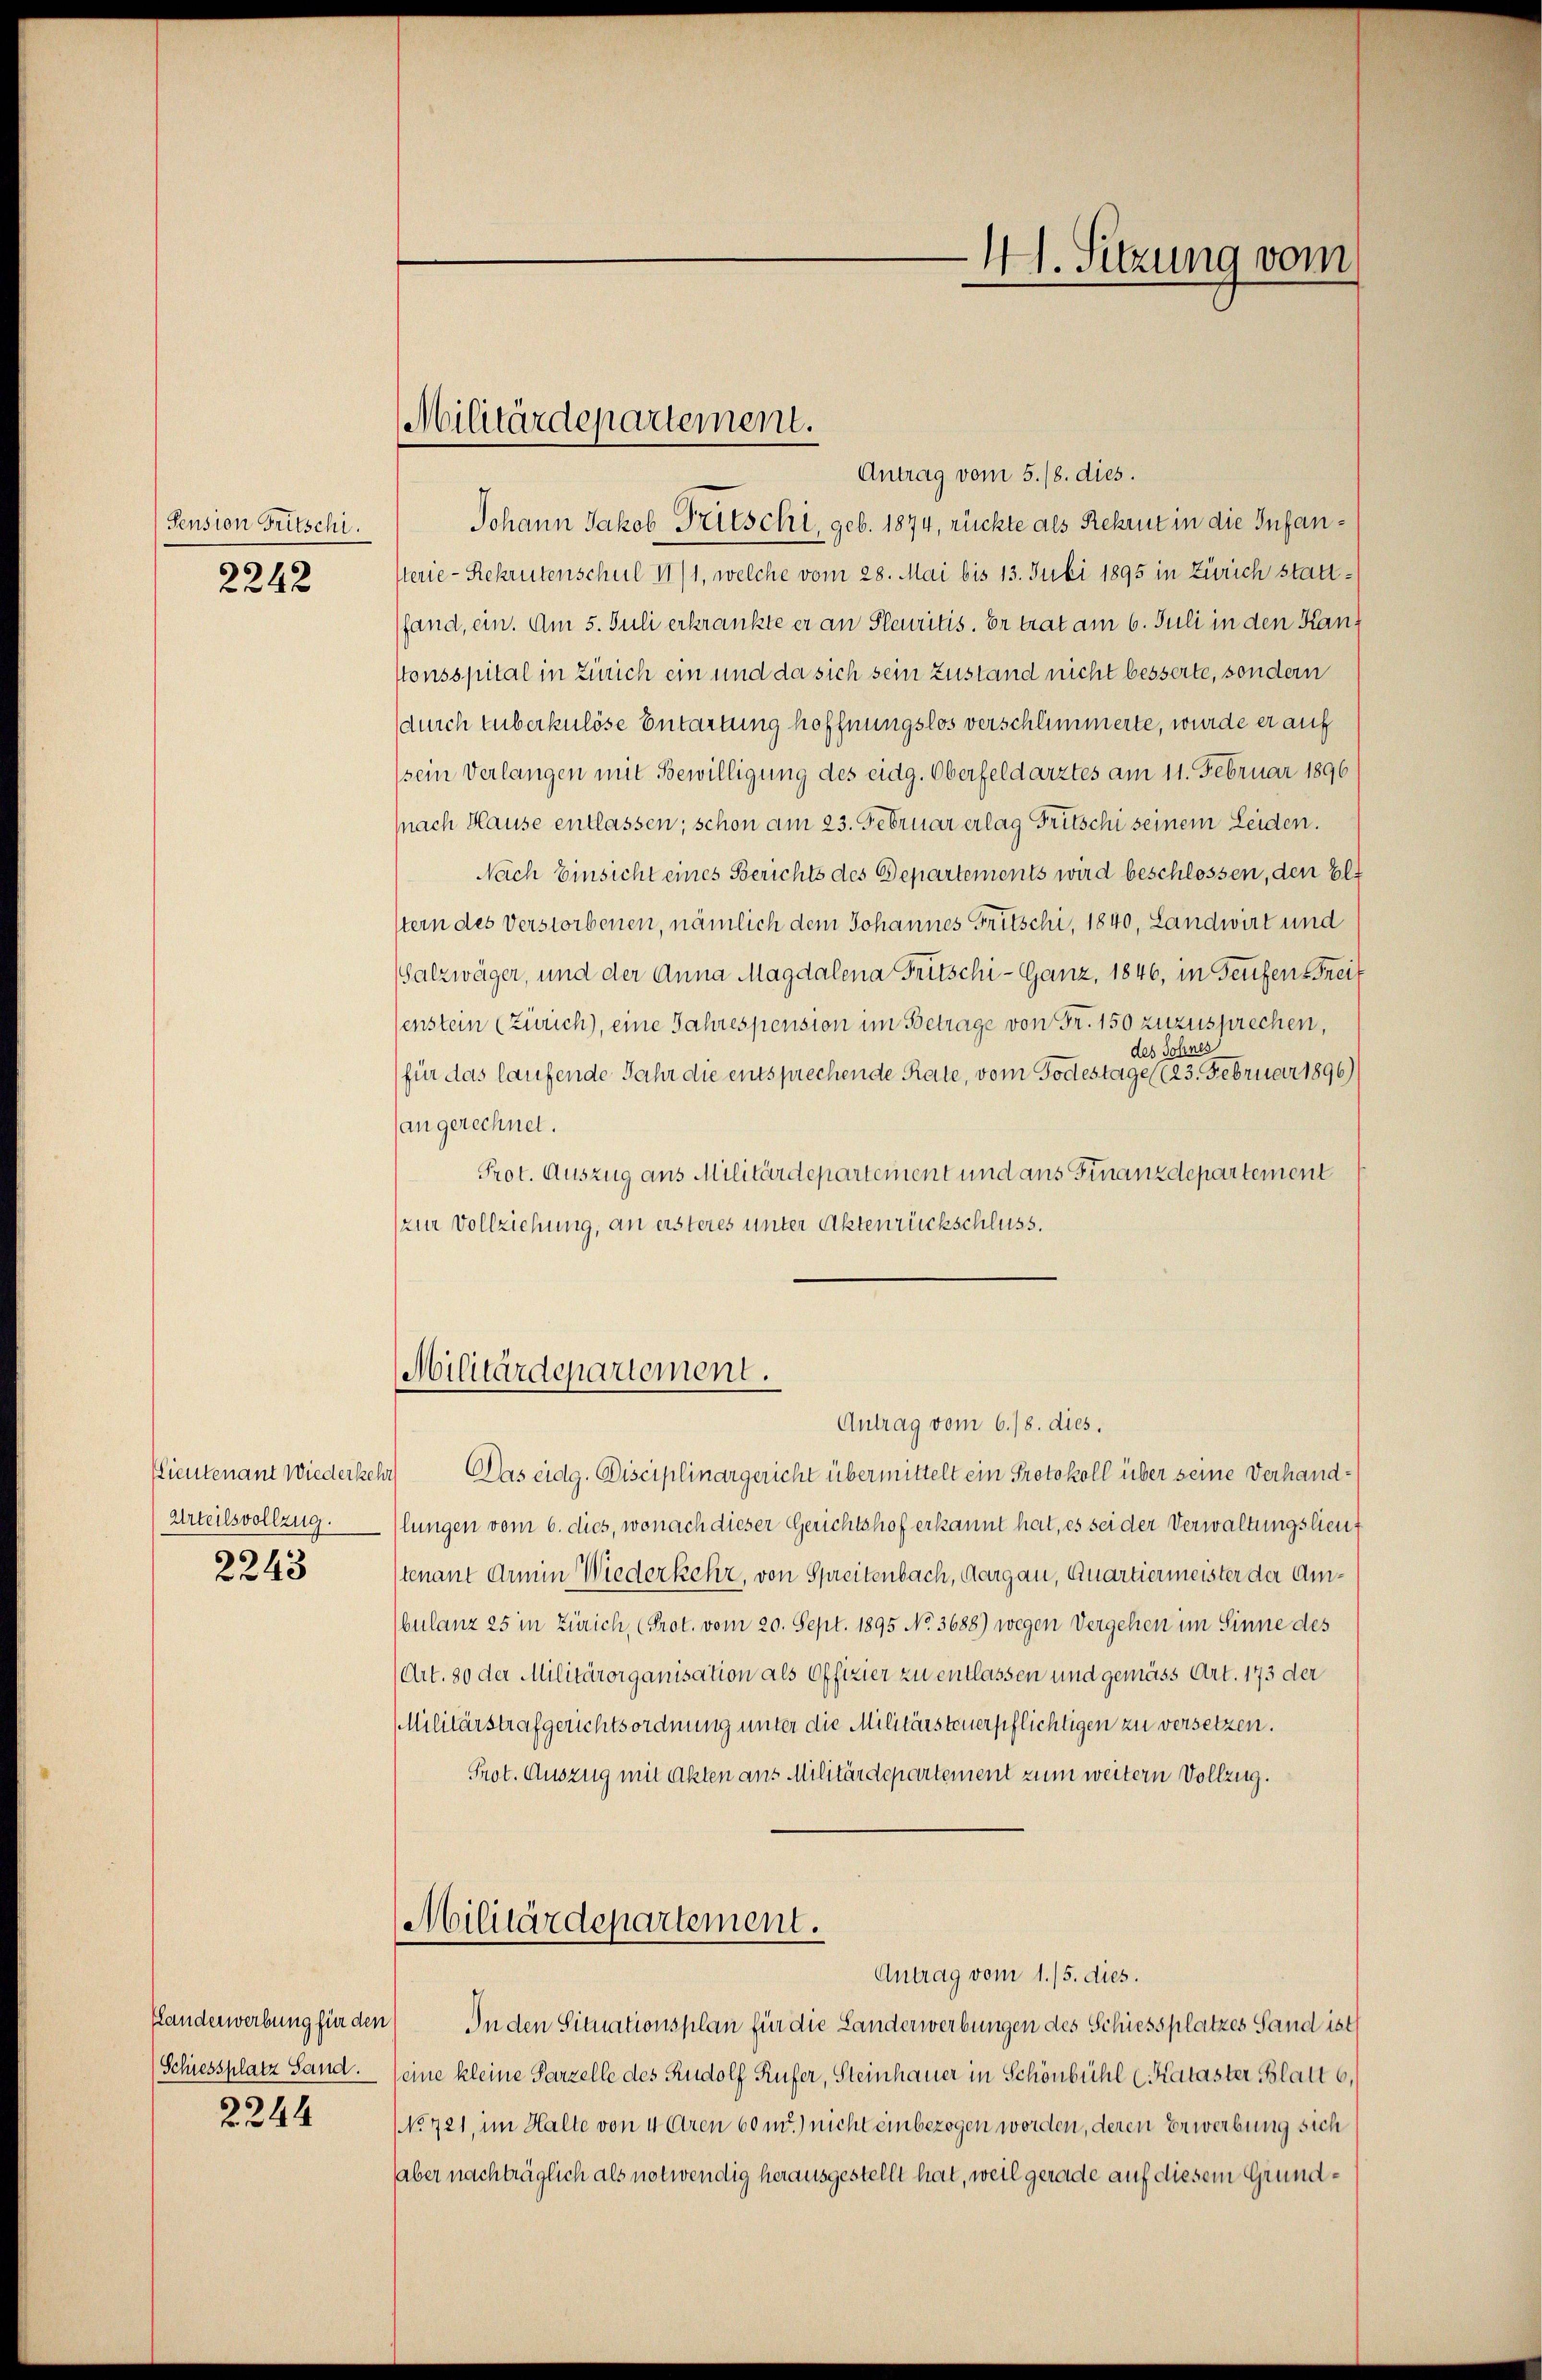
Pension Fritschi.
2242

Lieutenant Wiederkeh
Urteilsvollzug.
2243

Handerwerbung für den
Schiessplatz Sand.
2244

Militärdepartement.

Antrag vom 5./8. dies.
Johann Jakob Fritschi, geb. 1874, rückte als Rekrut in die Infansterie-Rekrutenschul 11/1, welche vom 28. Mai bis 13. Juli 1895 in Zürich stattfand, ein. Am 5. Juli erkrankte er an Pleuritis. Er trat am 6. Juli in den Kantonsspital in Zürich ein und da sich sein Zustand nicht besserte, sondern
durch Euberkulöse Entartung hoffnungslos verschlimmerte, wurde er auf
(sein Verlangen mit Bewilligung des eidg. Oberfeldarztes am 11. Februar 1896
(nach Hause entlassen; schon am 23. Februar erlag Fritschi seinem Leiden.
Nach Einsicht eines Berichts des Departements wird beschlossen, den Elt
stern des Verstorbenen, nämlich dem Johannes Fritschi, 1840, Landwirt und
Salzwäger, und der Anna Magdalena Fritschi- Ganz, 1846, in Teufen Frei
senstein (Zürich), eine Jahrespension im Betrage von Fr. 150 zuzusprechen,
des Sohnes
für das laufende Jahr die entsprechende Rate, vom Todestage (23. Februar 1896)
an gerechnet.
Prot. Auszug aus Militärdepartement und aus Finanzdepartement
(zur Vollziehung, an ersteres unter Aktenrückschluss.

Militärdepartement.

41. Sitzung vom

Antrag vom 6./8. dies,
a) Das eidg. Disciplinargericht übermittelt ein Protokoll über seine Verhandlungen vom 6. dies, wonach dieser Gerichtshof erkannt hat, es sei der Verwaltungslieuf
tenant dein Wiederkehr, von Spreitenbach, Aargau, Quartiermeister der Ambulanz 25 in Zürich, (Prot. vom 20. Sept. 1895 No 3688) wegen Vergehen im Sinne des
(Art. 30 der Militärorganisation als Offizier zu entlassen und gemäss Art. 173 der
Militärstrafgerichtsordnung unter die Militärsteuerpflichtigen zu versetzen.
Prot. Auszug mit Akten aus Militärdepartement zum weitern Vollzug.
Militärdepartement.
Antrag vom 1./5. dies.
 In den Situationsplan für die Landerwerbungen des Schiessplatzes Sand ist
seine kleine Parzelle des Rudolf Rufer, Steinhauer in Schönbühl (Kataster Blatt 6.
No 721, im Halte von 4 Aren 60 m.) nicht einbezogen worden, deren Erwerbung sich
aber nachträglich als notwendig herausgestellt hat, weil gerade auf diesem Grund¬